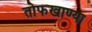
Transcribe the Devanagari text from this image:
तोफखाण्या